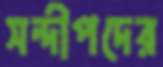
সন্দীপদের